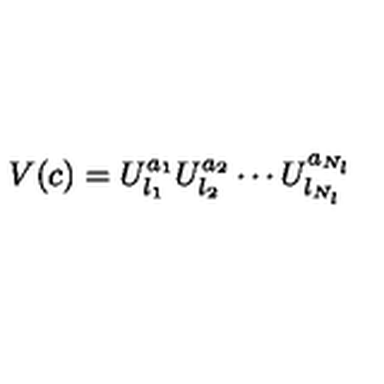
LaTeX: V ( c ) = U _ { l _ { 1 } } ^ { a _ { 1 } } U _ { l _ { 2 } } ^ { a _ { 2 } } \cdots U _ { l _ { N _ { l } } } ^ { a _ { N _ { l } } }